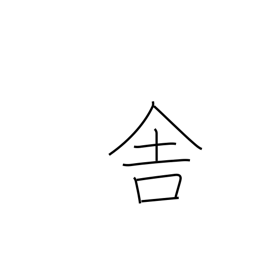
Meaning: cottage